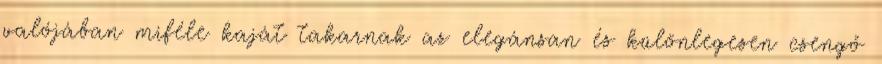
valójában miféle kaját takarnak az elegánsan és különlegesen csengő